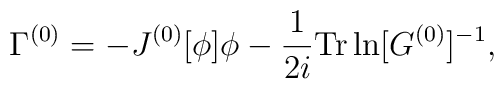
\Gamma^{(0)}=-J^{(0)}[\phi]\phi-\frac{1}{2i}{\rm Tr}\ln[G^{(0)}]^{-1},